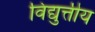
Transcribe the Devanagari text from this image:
विद्युत्तीय